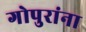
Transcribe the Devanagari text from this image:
गोपुरांना